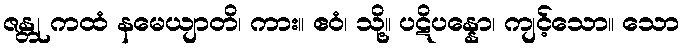
ဇန္တု ကထံ နမေယျာတိ၊ ကား။ ဧဝံ၊ သို့။ ပဋိပန္နော၊ ကျင့်သော။ သော